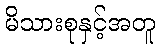
မိသားစုနှင့်အတူ